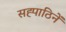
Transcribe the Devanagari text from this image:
सह्पाठिनें